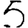
Digit: 5